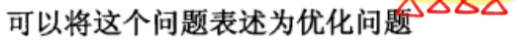
可以将这个问题表述为优化问题